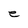
Character: e